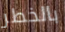
بالخطر